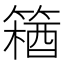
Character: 𫂘